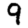
Digit: 9